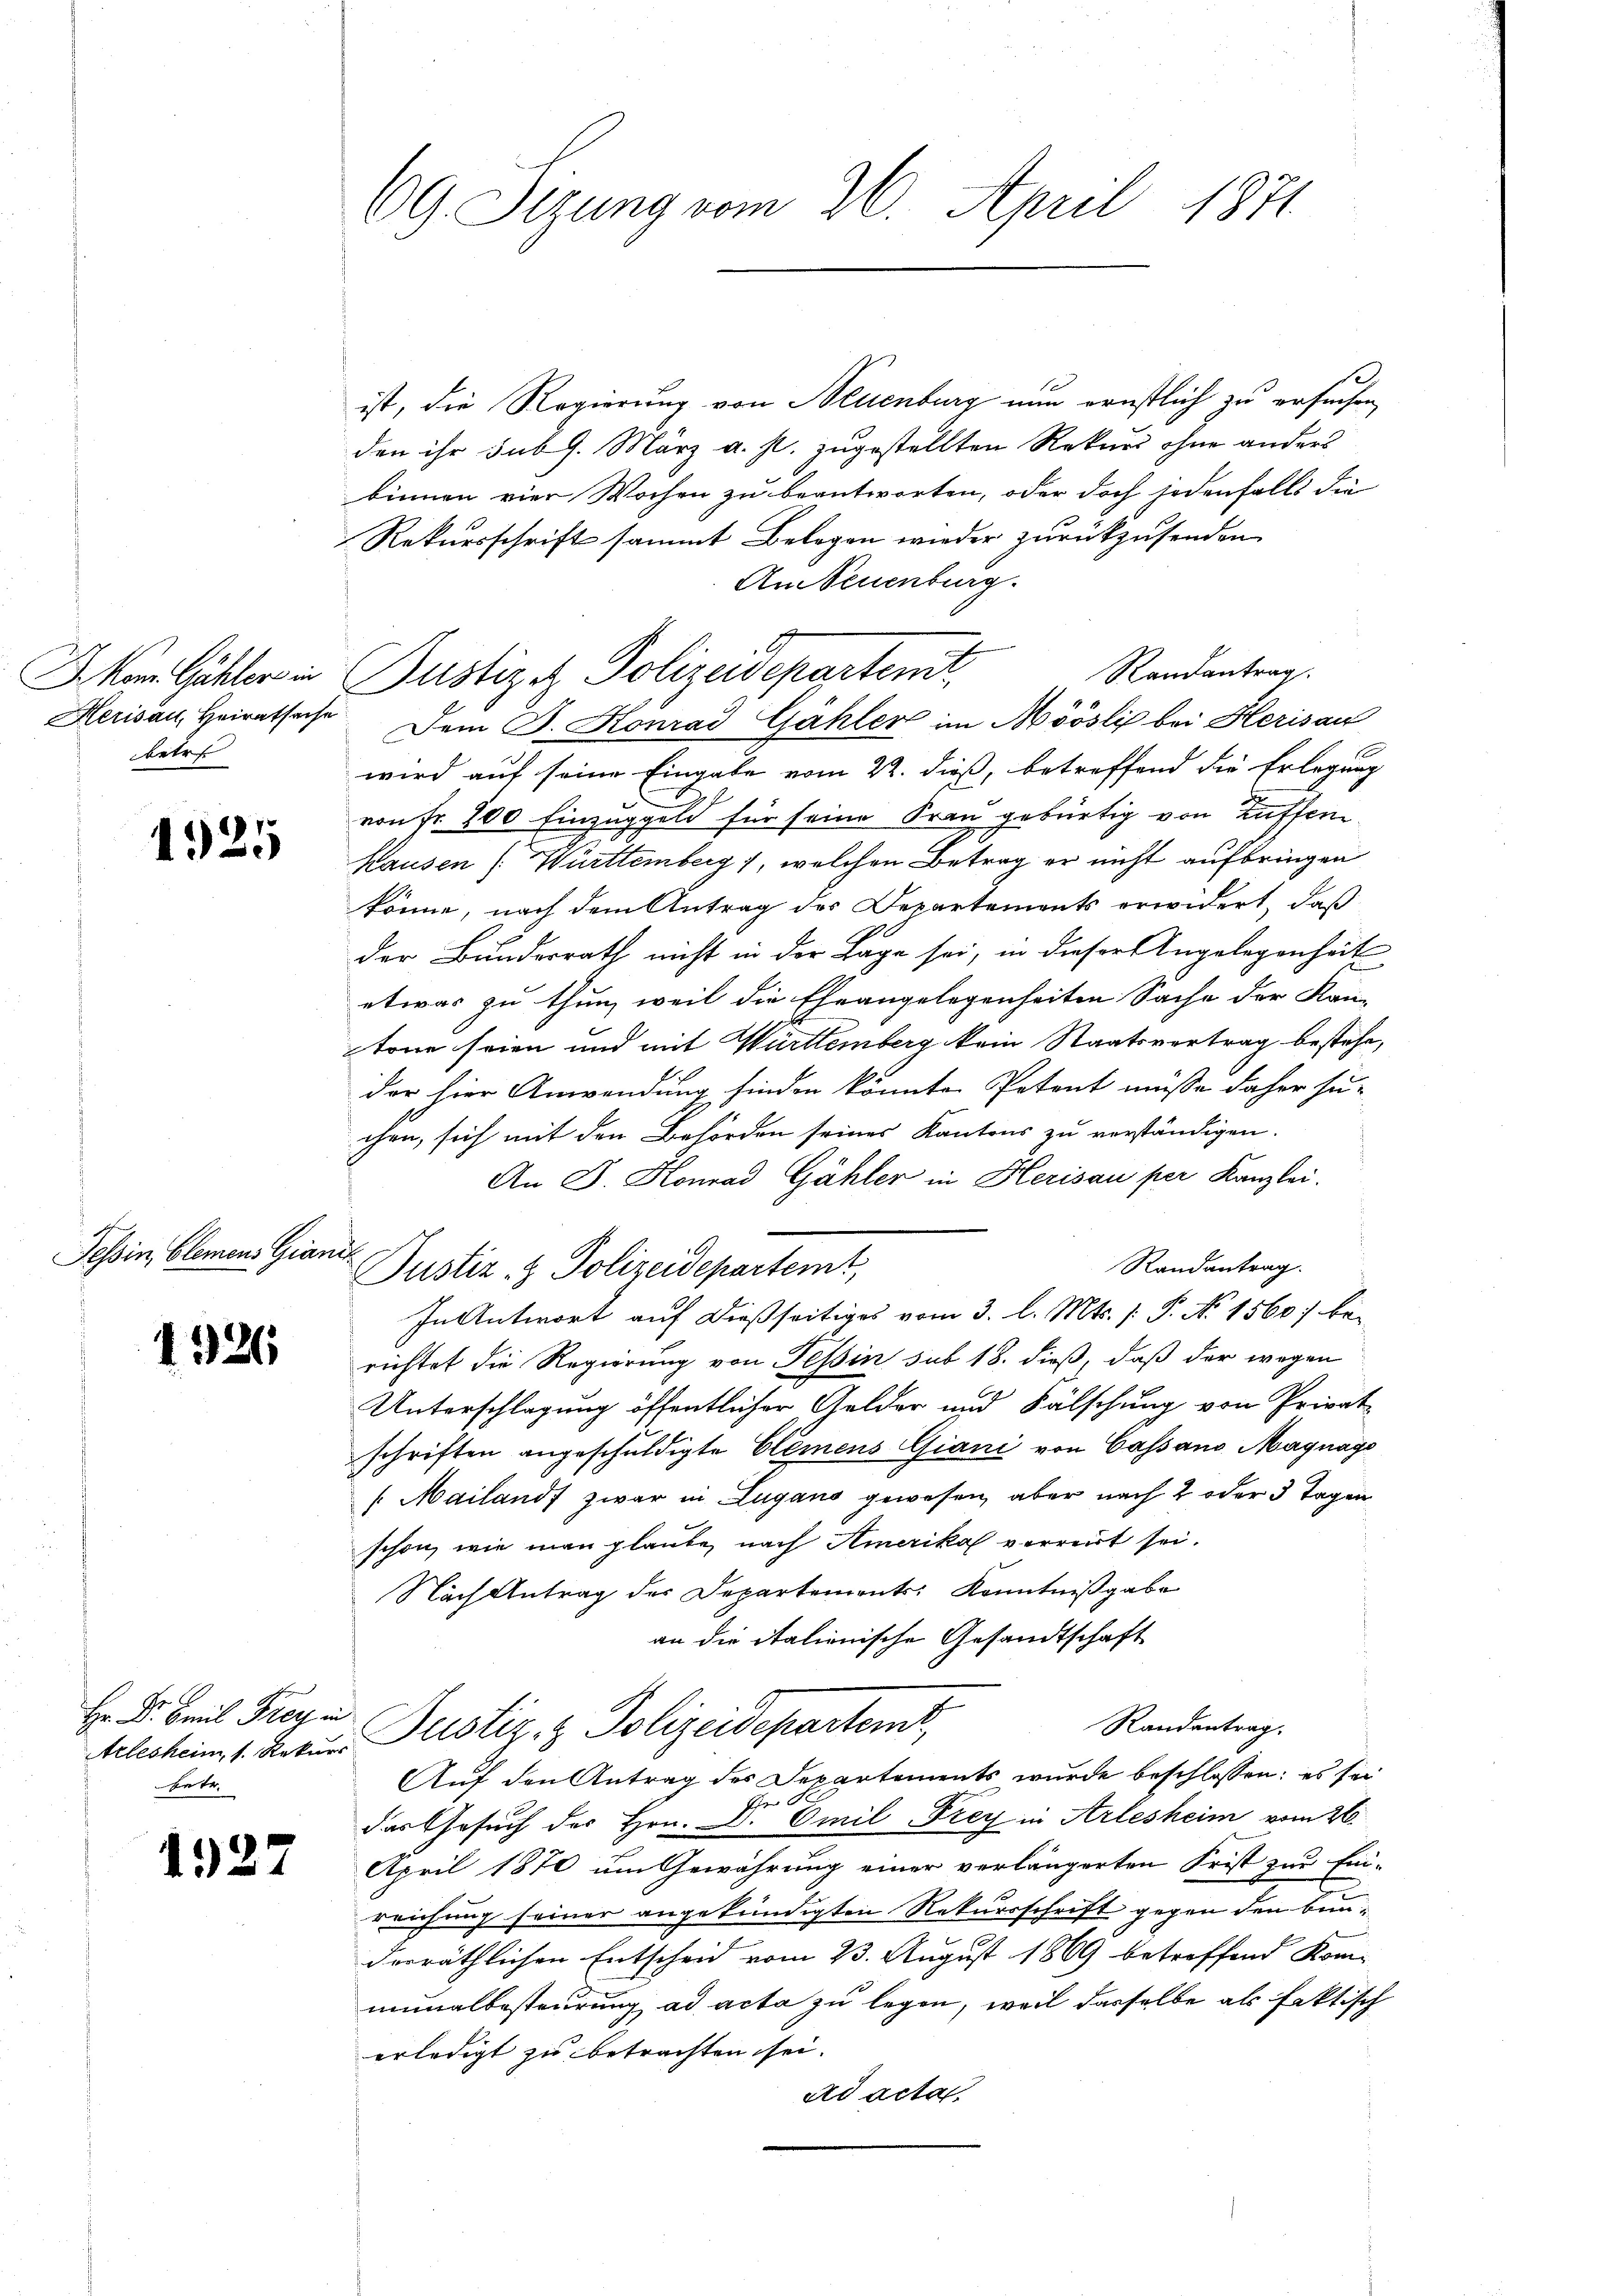
J. Mon. Gähler in
Herisau, Heiratsache
betre

1325

Tessin, Clemens Gia

1526

Hr. Dr. Emil Frey in
hrte.

1922

69. Sizung vom 26. April 1871

ist, die Regierung von Neuenburg nun ernstlich zu ersuchen,
den ihr sub 9. März a. s. zugestellten Rekurs ohne anders
binnen vier Wochen zu beantworten, oder doch sodenfalls die
Rekursschrift sammt Belegen wieder zurückzusenden
An Neuenburg.
Randantrag.
Dem J. Konrad Gähler im Möösli bei Herisau
.
wird auf seine Eingabe vom 22. dieß, betreffend die Erlegung
von fr. 200 Einzuggeld für seine Frau gebürtig von Zuffern
Hausen (: Württemberg), welchen Betrag er nicht aufbringen
könne, nach dem Antrag des Departements erwidert, daß
der Bundesrath nicht in der Lage sei, in dieser Angelegenheit
etwas zu thun, weil die Eheangelegenheiten Sache der Kan-
tone seien und mit Württemberg kein Staatsvertrag bestehe,
der hier Anwendung finden könnte. Petent müsse daher su-
chen, sich mit den Behörden seines Kantons zu verständigen.
An J. Honrad Gähler in Herisau per Kanzlei.
s
nach
Randantrag.
Justiz- & Polizeidepartemt,
In Antwort auf dießseitiges vom 3. l. Mts. /: P. No 1560 be-
richtet die Regierung von Tessin sub 18. dieß, daß der wegen
Unterschlagung öffentlicher Gelder und Fälschung von Privat
schriften angeschuldigte Clemens Giani von Cassano Magnago
Mailand zwar in Lugano gewesen, aber nach 2 oder 3 Tagen
schon, wie man glaube, nach Amerika verreist sei.
Nach Antrag der Departements Kenntnißgabe
an die italionische Gesandtschaft
Randantrag.
Arlesheim, 1. Recur Justiz & Polizeidepartemt,
Auf den Antrag des Departements wurde beschlossen: es sei
das Gesuch des Hrn. Dr Emil Frey in Arlesheim vom 26.
April 1870 um Gewährung einer verlängerten Frist zur Ein-
reichung seiner angekündigten Rekursschrift gegen den Bunderräthlichen Entscheid vom 23. August 1869 betreffend Kom-
nimalbesteurung ad acta zu legen, weil dasselbe als faktisch
erledigt zu betrachten sei.
ad acta

Justiz & Polizeidepartent